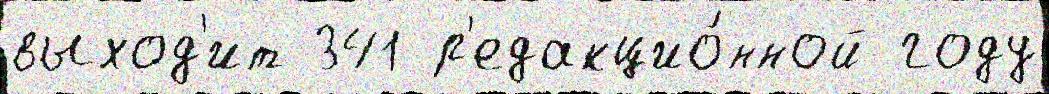
выход'ит 341 р'едакцио́нной году